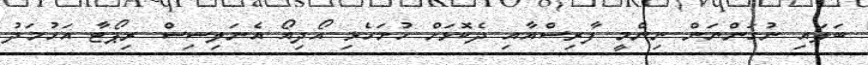
ބަލައި ނުގަންނަން ނިންމީ ފާރިސްއާއި ދެކޮޅަށް ހުށަހެޅި އޯދިއޯ އެނަލިސިސް ރިޕޯޓާ އަހުމަދު